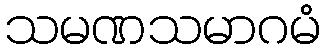
သမဏသမာဂမံ